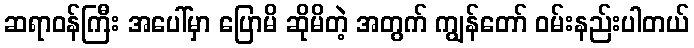
ဆရာဝန်ကြီး အပေါ်မှာ ပြောမိ ဆိုမိတဲ့ အတွက် ကျွန်တော် ဝမ်းနည်းပါတယ်